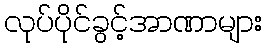
လုပ်ပိုင်ခွင့်အာဏာများ